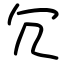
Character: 冗